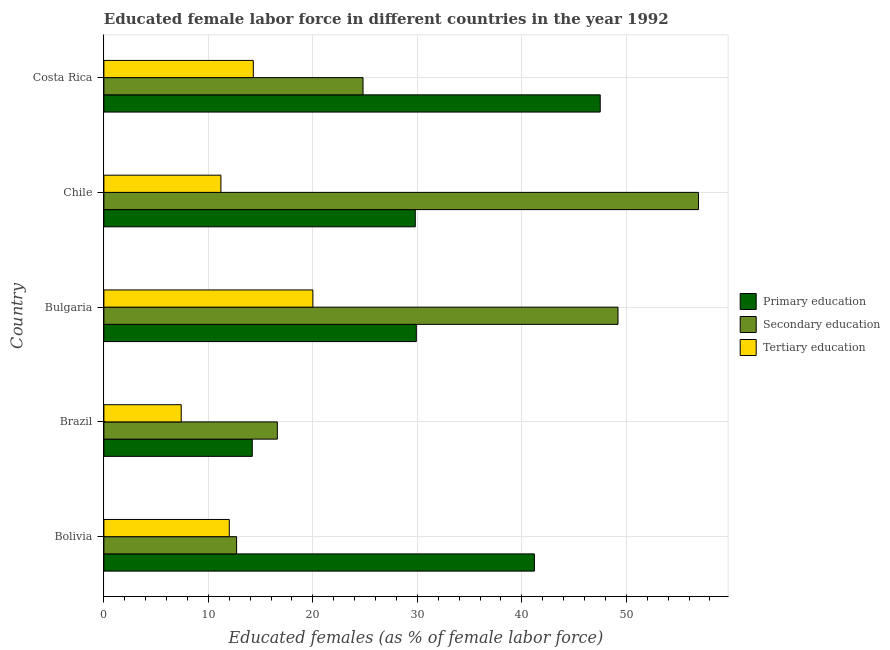
| Country | Primary education | Secondary education | Tertiary education |
 | --- | --- | --- | --- |
 | Bolivia | 41.2 | 12.7 | 12 |
 | Brazil | 14.2 | 16.6 | 7.4 |
 | Bulgaria | 29.9 | 49.2 | 20 |
 | Chile | 29.8 | 56.9 | 11.2 |
 | Costa Rica | 47.5 | 24.8 | 14.3 |